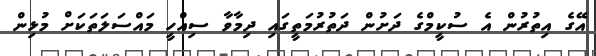
އޭގެ އިތުރުން އެ ސުކީމްގެ ދަށުން ދަތުރުމަތީގައި ދިމާވާ ސިއްހީ މައްސަލަތަކަށް މުޅިން